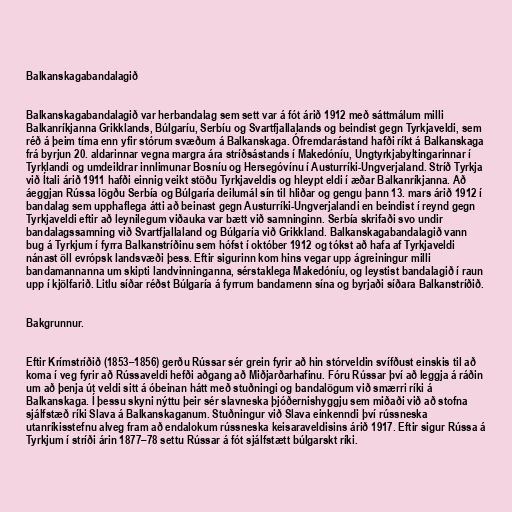
Balkanskagabandalagið

Balkanskagabandalagið var herbandalag sem sett var á fót árið 1912 með sáttmálum milli
Balkanríkjanna Grikklands, Búlgaríu, Serbíu og Svartfjallalands og beindist gegn Tyrkjaveldi, sem
réð á þeim tíma enn yfir stórum svæðum á Balkanskaga. Ófremdarástand hafði ríkt á Balkanskaga
frá byrjun 20. aldarinnar vegna margra ára stríðsástands í Makedóníu, Ungtyrkjabyltingarinnar í
Tyrklandi og umdeildrar innlimunar Bosníu og Hersegóvínu í Austurríki-Ungverjaland. Stríð Tyrkja
við Ítali árið 1911 hafði einnig veikt stöðu Tyrkjaveldis og hleypt eldi í æðar Balkanríkjanna. Að
áeggjan Rússa lögðu Serbía og Búlgaría deilumál sín til hliðar og gengu þann 13. mars árið 1912 í
bandalag sem upphaflega átti að beinast gegn Austurríki-Ungverjalandi en beindist í reynd gegn
Tyrkjaveldi eftir að leynilegum viðauka var bætt við samninginn. Serbía skrifaði svo undir
bandalagssamning við Svartfjallaland og Búlgaría við Grikkland. Balkanskagabandalagið vann
bug á Tyrkjum í fyrra Balkanstríðinu sem hófst í október 1912 og tókst að hafa af Tyrkjaveldi
nánast öll evrópsk landsvæði þess. Eftir sigurinn kom hins vegar upp ágreiningur milli
bandamannanna um skipti landvinninganna, sérstaklega Makedóníu, og leystist bandalagið í raun
upp í kjölfarið. Litlu síðar réðst Búlgaría á fyrrum bandamenn sína og byrjaði síðara Balkanstríðið.

Bakgrunnur.

Eftir Krímstríðið (1853–1856) gerðu Rússar sér grein fyrir að hin stórveldin svífðust einskis til að
koma í veg fyrir að Rússaveldi hefði aðgang að Miðjarðarhafinu. Fóru Rússar því að leggja á ráðin
um að þenja út veldi sitt á óbeinan hátt með stuðningi og bandalögum við smærri ríki á
Balkanskaga. Í þessu skyni nýttu þeir sér slavneska þjóðernishyggju sem miðaði við að stofna
sjálfstæð ríki Slava á Balkanskaganum. Stuðningur við Slava einkenndi því rússneska
utanríkisstefnu alveg fram að endalokum rússneska keisaraveldisins árið 1917. Eftir sigur Rússa á
Tyrkjum í stríði árin 1877–78 settu Rússar á fót sjálfstætt búlgarskt ríki.